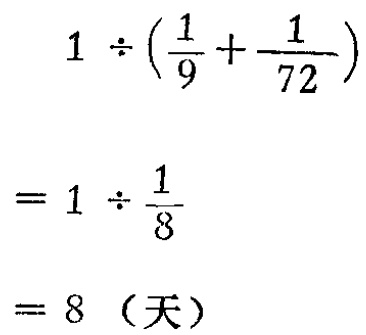
\[

\begin{align*}

&1\div(\frac{1}{9}+\frac{1}{72})\\

=&1\div\frac{1}{8}\\

=&8（天）

\end{align*}

\]